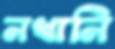
নখানি